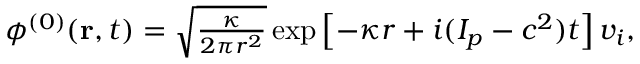
\begin{array} { r } { \phi ^ { ( 0 ) } ( \mathbf { r } , t ) = \sqrt { \frac { \kappa } { 2 \pi r ^ { 2 } } } \exp \left[ - \kappa r + i ( I _ { p } - c ^ { 2 } ) t \right] v _ { i } , } \end{array}